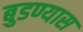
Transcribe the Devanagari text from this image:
बुडण्यास